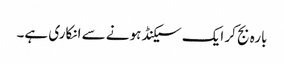
بارہ بج کر ایک سیکنڈ ہونے سے انکاری ہے۔